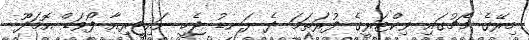
މިރޭގެ މެޗުގައި ވިކްޓަރީގެ ފުރަތަމަ ދެ ލަނޑު ޖެހީ ނައިޖީރިއާ ފޯވަޑް އޮމަދޫ